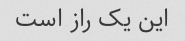
این یک راز است